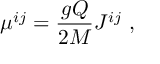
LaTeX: \mu ^ { i j } = { \frac { g Q } { 2 M } } J ^ { i j } \ ,